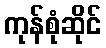
ကုန်စုံဆိုင်